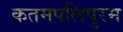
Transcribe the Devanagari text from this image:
कतमपलिपुरम